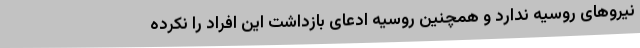
نیروهای روسیه ندارد و همچنین روسیه ادعای بازداشت این افراد را نکرده